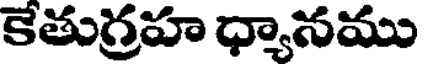
కేతుగ్రహ ధ్యానము